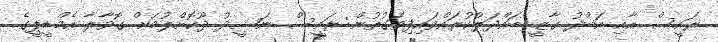
ރައީސް އާއި އަބްދު ގާޒީ ބައްދަލުކުރައްވައިފިވަގުތުން: ރައީސް ނަޝީދު ދޫކޮށްލުމަށް ގޮވާލާ އެމްޑީޕީގެ